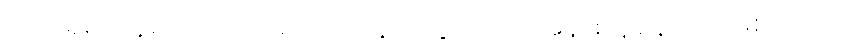
လက်ရှိမှာနေမာဟာ ဒဏ်ရာပြဿနာတွေကြောင့်အနားယူနေရတာဖြစ်ပါတယ်။